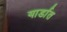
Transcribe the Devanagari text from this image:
यार्डात